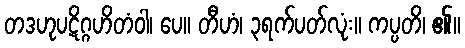
တဒဟုပဋိဂ္ဂဟိတံဝါ၊ ပေ။ တီဟံ၊ ၃ရက်ပတ်လုံး။ ကပ္ပတိ၊ ၏။